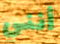
أنني